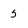
Character: 5